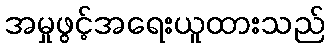
အမှုဖွင့်အရေးယူထားသည်